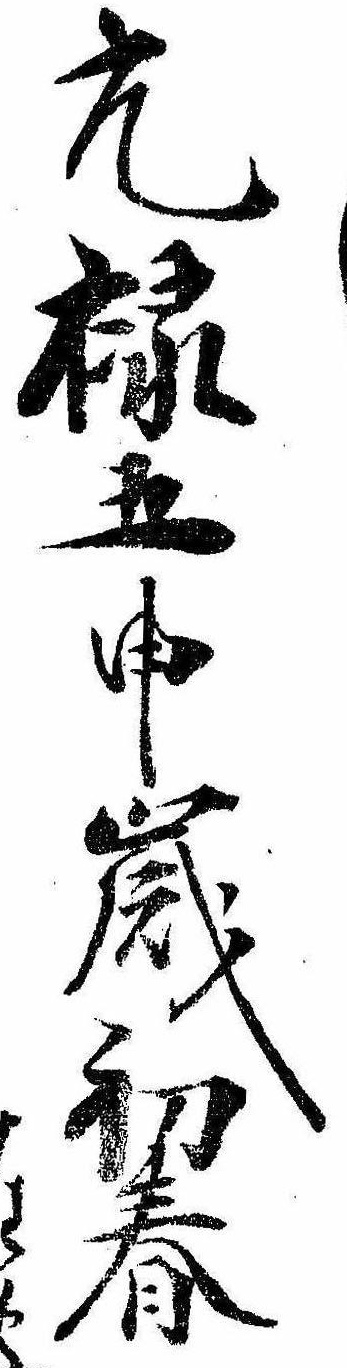
元禄五申歳初春波